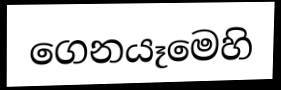
ගෙනයෑමෙහි